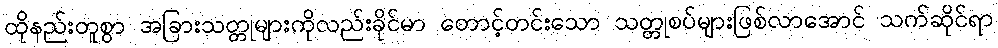
ထိုနည်းတူစွာ အခြားသတ္တုများကိုလည်းခိုင်မာ တောင့်တင်းသော သတ္တုစပ်များဖြစ်လာအောင် သက်ဆိုင်ရာ